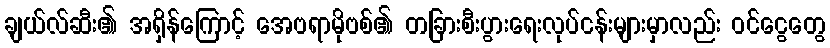
ချယ်လ်ဆီး၏ အရှိန်ကြောင့် အေဗရာမိုဗစ်၏ တခြားစီးပွားရေးလုပ်ငန်းများမှာလည်း ဝင်ငွေတွေ